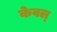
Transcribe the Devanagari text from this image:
केवल्